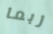
ربما